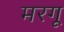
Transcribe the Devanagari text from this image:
मरगू